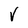
Character: v